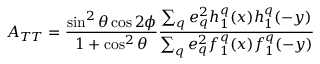
A _ { T T } = \frac { \sin ^ { 2 } \theta \cos 2 \phi } { 1 + \cos ^ { 2 } \theta } \frac { \sum _ { q } e _ { q } ^ { 2 } h _ { 1 } ^ { q } ( x ) h _ { 1 } ^ { q } ( - y ) } { \sum _ { q } e _ { q } ^ { 2 } f _ { 1 } ^ { q } ( x ) f _ { 1 } ^ { q } ( - y ) }